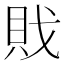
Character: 戝